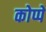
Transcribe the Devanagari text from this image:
कोप्पे